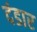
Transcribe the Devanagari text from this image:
दंडार